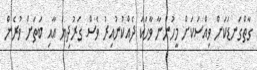
ގާތްގަނޑަކަށް ވިއްސަކަށް މީހުންނާ ވާހަކަ ދެއްކުނުއިރު ވެސް ގަރުދިޔަ އާއި ބަތަށް ވުރެން